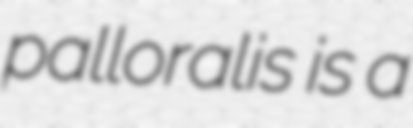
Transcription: palloralis is a